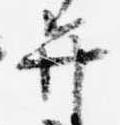
弁